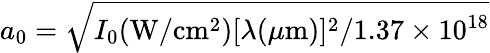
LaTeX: a_{0}=\sqrt{I_{0}(\mathrm{W}/\mathrm{cm}^{2})[\lambda(\mu\mathrm{m})]^{2}/1.37\times 10^{18}}